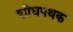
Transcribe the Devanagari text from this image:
शोधपथक